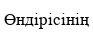
Өндірісінің